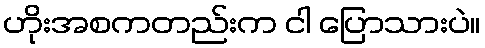
ဟိုးအစကတည်းက ငါ ပြောသားပဲ။